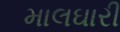
માલઘારી